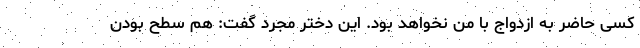
کسی حاضر به ازدواج با من نخواهد بود. این دختر مجرد گفت: هم سطح بودن